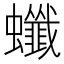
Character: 䘋